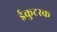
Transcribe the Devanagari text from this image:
ईकुटस्क